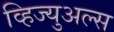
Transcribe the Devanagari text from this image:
व्हिज्युअल्स